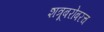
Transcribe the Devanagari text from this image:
शत्रूबरोबरच